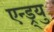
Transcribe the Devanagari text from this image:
एन्ड्र्यु